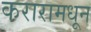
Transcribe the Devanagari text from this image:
करारामधून